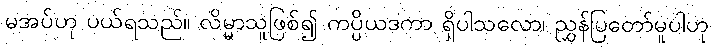
မအပ်ဟု ပယ်ရသည်။ လိမ္မာသူဖြစ်၍ ကပ္ပိယဒကာ ရှိပါသလော၊ ညွှန်ပြတော်မူပါဟု